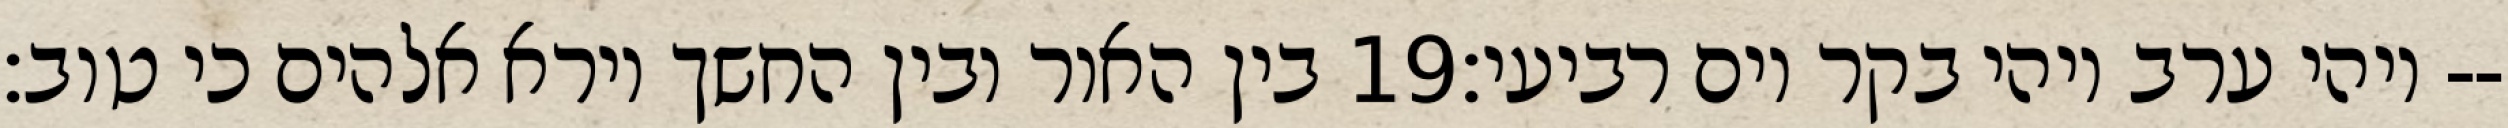
בין האור ובין החשך וירא אלהים כי טוב׃ ‎19‏ ויהי ערב ויהי בקר יום רביעי׃--